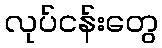
လုပ်ငန်းတွေ